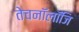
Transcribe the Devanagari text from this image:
तेचनॉलॉजि